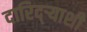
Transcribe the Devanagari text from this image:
दारिद्र्‍याशी